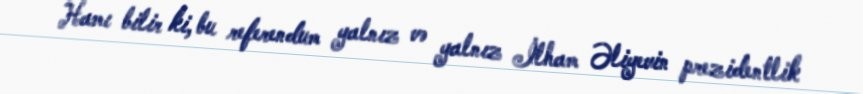
Hamı bilir ki, bu referendum yalnız və yalnız İlham Əliyevin prezidentlik